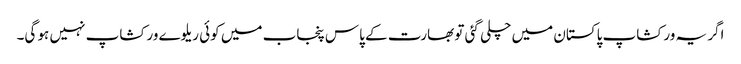
اگر یہ ورکشاپ پاکستان میں چلی گئی تو بھارت کے پاس پنجاب میں کوئی ریلوے ورکشاپ نہیں ہو گی۔